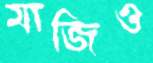
মাজিও